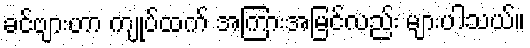
ခင်ဗျားဟာ ကျုပ်ထက် အကြားအမြင်လည်း များပါသယ်။